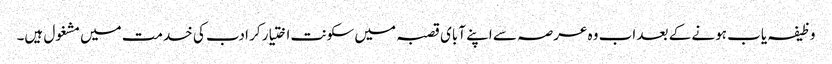
وظیفہ یاب ہونے کے بعد اب وہ عرصہ سے اپنے آبای قصبہ میں سکونت اختیار کر ادب کی خدمت میں مشغول ہیں۔